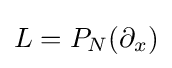
L=P_{N}(\partial _{x})